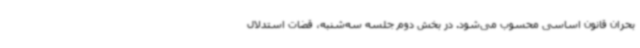
بحران قانون اساسی محسوب می‌شود. در بخش دوم جلسه سه‌شنبه، قضات استدلال